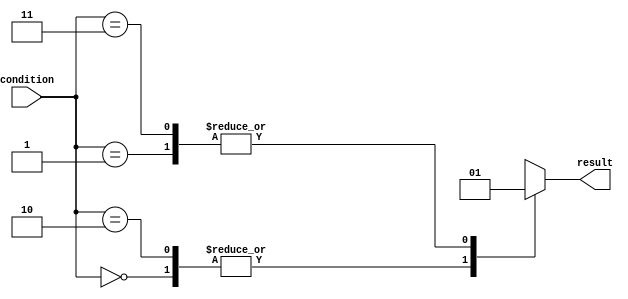
module parallel_case_statement (
    input wire [1:0] condition,
    output reg result
);

always @(*) begin
    case (condition)
        2'b00: result = 0;
        2'b01: result = 1;
        2'b10: result = 2;
        2'b11: result = 3;
    endcase
end

endmodule